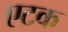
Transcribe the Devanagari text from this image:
एटक